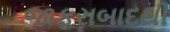
જાફરાબાદથી